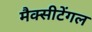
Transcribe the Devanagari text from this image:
मैक्‍सीटेंगल